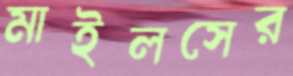
মাইলসের